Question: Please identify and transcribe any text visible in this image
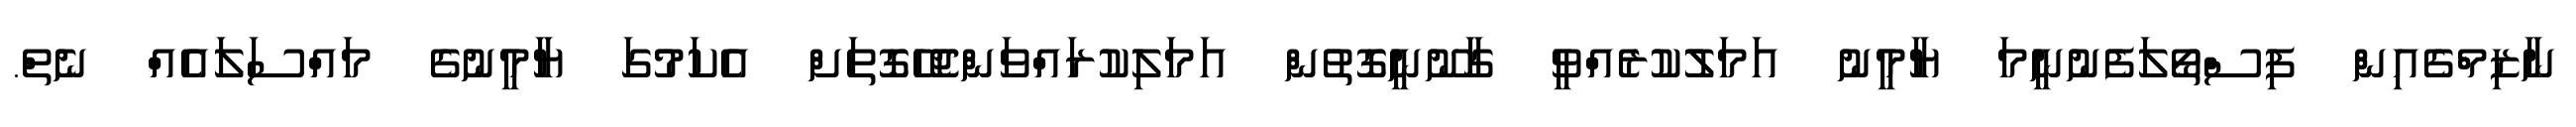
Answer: ނާޒިމްގެއިން ފިސްތޯލަފެނުނީމަ ޔާމީނު އަމަލުކުރެއްވީ ގާނޫނީގޮތުން އަމަލިކުރައްވަންޖެހޭގޮތަށް އެކަމުގަ ޔާމީނުގެ މައްސަލައެއް ނެތް.